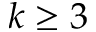
k \geq 3